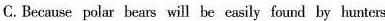
C.Because polar bears will be easily fond by hunters